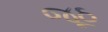
જૂઠ